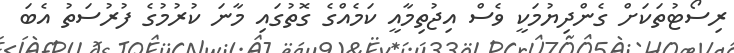
ރިސޯޓުތަަކަށް ގެންދިޔުމަކީ ވެސް އިޖުތިމާއީ ކަމެއްގެ ގޮތުގައި މާނަ ކުރުމުގެ ފުރުސަތު އެބަ